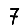
Digit: 7